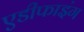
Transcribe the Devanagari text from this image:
एडीफाइंग